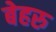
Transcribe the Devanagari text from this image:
बेहरु